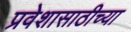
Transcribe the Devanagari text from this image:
प्रवेशासाठीच्या